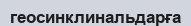
геосинклинальдарға